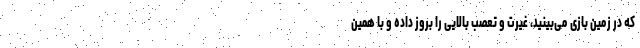
که در زمین بازی می‌بینید، غیرت و تعصب بالایی را بروز داده و با همین